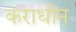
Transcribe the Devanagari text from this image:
कराधीन